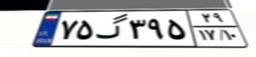
۷۵گ۳۹۵۲۹